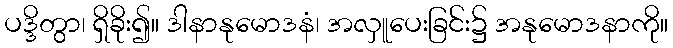
ပဒ္ဒိတွာ၊ ရှိခိုး၍။ ဒါနာနုမောဒနံ၊ အလှူပေးခြင်း၌ အနုမောဒနာကို။